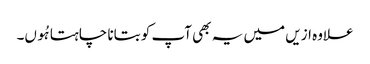
علاوہ ازیں میں یہ بھی آپ کو بتانا چاہتا ہُوں۔